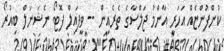
ކުންފުންޏެއް އަހަރީ އާންމު ޖަލްސާގެ ތެރެއިން -- ވީފައިލް ފޮޓޯ ނެޝަނަލް ބިއުރޯ